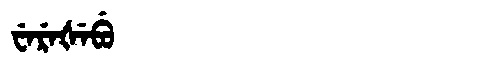
Manchu: ᠸᡝᡵᡝᡧᡝᠪᡠ
Romanization: WEREŠEBU